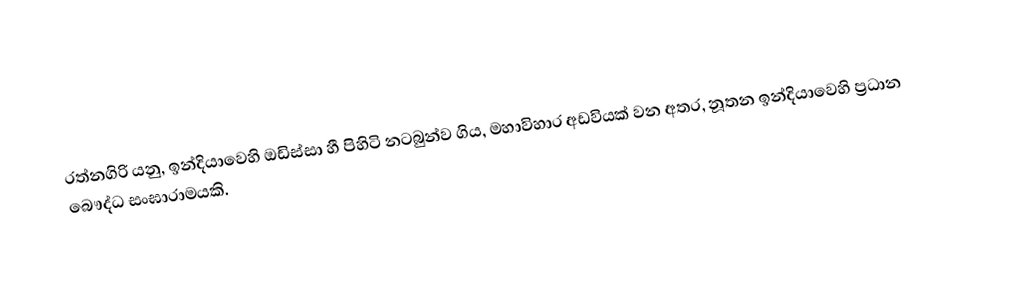
රත්නගිරි යනු, ඉන්දියාවෙහි ඔඩිස්සා හී පිහිටි නටබුන්ව ගිය,  මහාවිහාර අඩවියක් වන අතර, නූතන ඉන්දියාවෙහි ප්‍රධාන බෞද්ධ සංඝාරාමයකි.